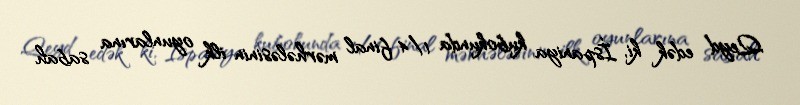
Qeyd edək ki, İspaniya kubokunda 1/4 final mərhələsinin ilk oyunlarına sabah